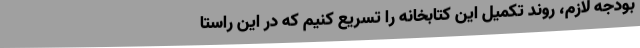
بودجه لازم، روند تکمیل این کتابخانه را تسریع کنیم که در این راستا